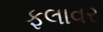
ફલાવર